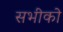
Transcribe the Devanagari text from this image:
सभीको